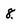
Character: 8